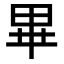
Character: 𭺾